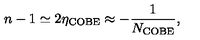
n - 1 \simeq 2 \eta _ { \mathrm { C O B E } } \approx - \frac { 1 } { N _ { \mathrm { C O B E } } } ,